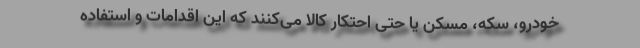
خودرو، سکه، مسکن یا حتی احتکار کالا می‌کنند که این اقدامات و استفاده